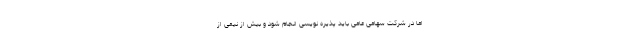
اما در شرکت سهامی عامی باید پذیره نویسی انجام شود و بیش از نیمی از